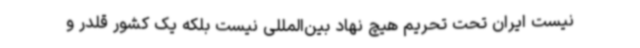
نیست ایران تحت تحریم هیچ نهاد بین‌المللی نیست بلکه یک کشور قلدر و